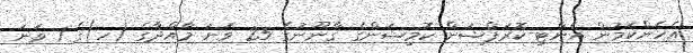
އެހެންކަމުން އެންޓި-ކޮރަޕްޝަން ކޮމިޝަންގެ ޤާނޫނުގެ 25 ވަނަ މާއްދާގެ (ހ)ގެ 1 ވަނަ